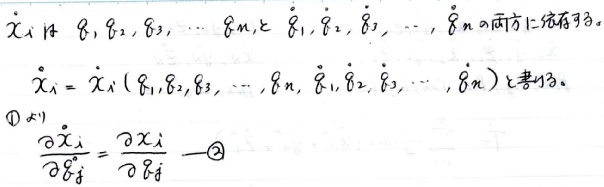
$\dot{x}_i$ 由 $q_1,q_2,q_3,\cdots,q_n,\dot{q}_1,\dot{q}_2,\dot{q}_3,\cdots,\dot{q}_n$ 唯一确定。

$\dot{x}_i = \dot{x}_i(q_1,q_2,q_3,\cdots,q_n,\dot{q}_1,\dot{q}_2,\dot{q}_3,\cdots,\dot{q}_n)$ 是已知的。

\textcircled{1} 式

$\frac{\partial\dot{x}_i}{\partial\dot{q}_j}=\frac{\partial x_i}{\partial q_j}$ \textcircled{2}